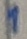
Text: 1